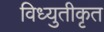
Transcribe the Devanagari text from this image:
विध्युतीकृत